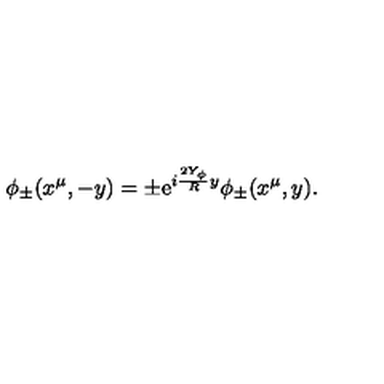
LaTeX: \phi _ { \pm } ( x ^ { \mu } , - y ) = \pm \mathrm { e } ^ { i \frac { 2 Y _ { \phi } } { R } y } \phi _ { \pm } ( x ^ { \mu } , y ) .